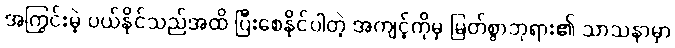
အကြွင်းမဲ့ ပယ်နိုင်သည်အထိ ပြီးစေနိုင်ပါတဲ့ အကျင့်ကိုမှ မြတ်စွာဘုရား၏ သာသနာမှာ